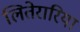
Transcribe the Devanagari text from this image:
लितेरारिया